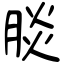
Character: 腅